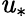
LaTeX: \mathit{u}_{\ast}